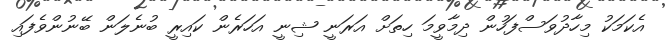
އެކަމަކު މިހާދުވަސްފަހުން ދިމާވީމަ ހިތަށް އަރަނީ ޝިނީ އަހަރެން ކައިރީ ބުނެލަން ބޭނުންވެފައި